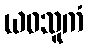
ယဝသူကံ